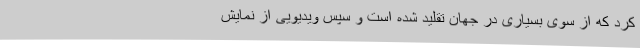
کرد که از سوی بسیاری در جهان تقلید شده است و سپس ویدیویی از نمایش